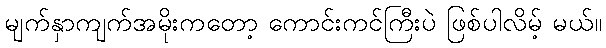
မျက်နှာကျက်အမိုးကတော့ ကောင်းကင်ကြီးပဲ ဖြစ်ပါလိမ့် မယ်။